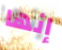
إنها